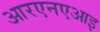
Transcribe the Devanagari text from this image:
आरएनएआइ